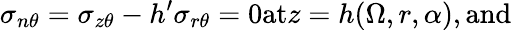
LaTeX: \sigma_{n\theta}=\sigma_{z\theta}-h^{\prime}\sigma_{r\theta}=0\textrm{at}z=h(\Omega,r,\alpha),\textrm{and}